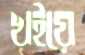
খইয়ে